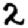
Digit: 2